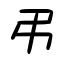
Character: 弔